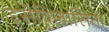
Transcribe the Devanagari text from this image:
इसेविलासिता